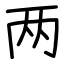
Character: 两